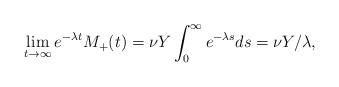
LaTeX: \begin{align*} \lim_{t\to\infty} e^{-\lambda t} M_+(t) =\nu Y \int_0^{\infty} e^{-\lambda s}ds = \nu Y /\lambda,\end{align*}